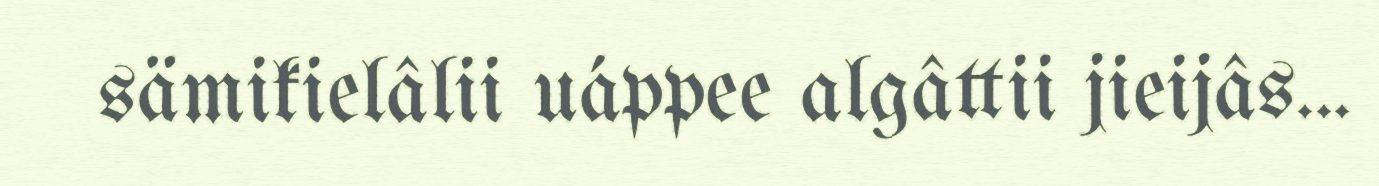
sämikielâlii uáppee algâttii jieijâs...